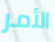
الأمر